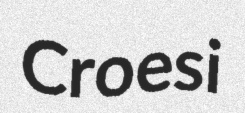
Croesi